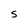
Character: S